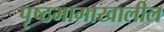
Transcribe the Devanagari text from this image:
पृष्ठभागाखालील